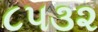
૮૫૩૨